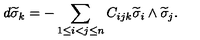
d \widetilde { \sigma } _ { k } = - \sum _ { 1 \leq i < j \leq n } C _ { i j k } \widetilde { \sigma } _ { i } \wedge \widetilde { \sigma } _ { j } .